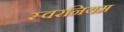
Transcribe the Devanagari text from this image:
स्वरनियम